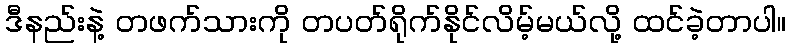
ဒီနည်းနဲ့ တဖက်သားကို တပတ်ရိုက်နိုင်လိမ့်မယ်လို့ ထင်ခဲ့တာပါ။